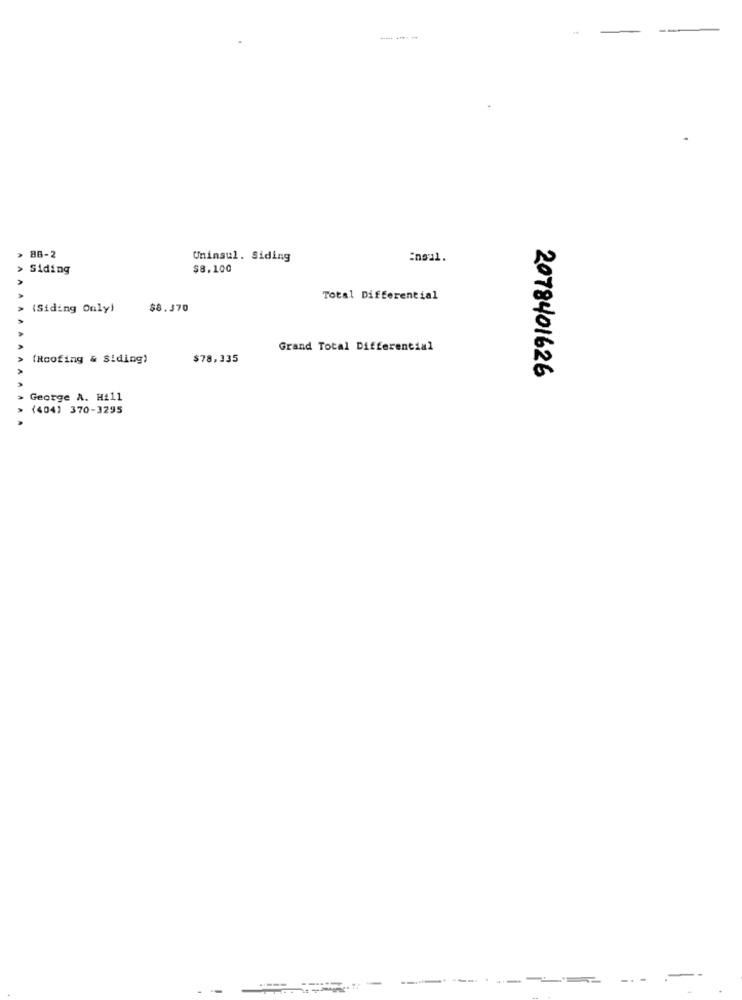
> 88-2
Uninsul. Siding
:noul.
A
Siding
$8.100
Total Differential
(Siding Only)
$8.370
Grand Total Differential
(Roofing & Siding)
$78,335
2078401626
George A. H211
(404) 370-3295
-..